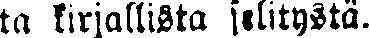
ta kirjallista selitystä.